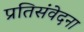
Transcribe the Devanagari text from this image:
प्रतिसंवेदना